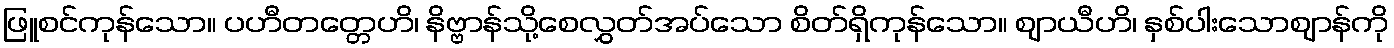
ဖြူစင်ကုန်သော။ ပဟီတတ္တေဟိ၊ နိဗ္ဗာန်သို့စေလွှတ်အပ်သော စိတ်ရှိကုန်သော။ ဈာယီဟိ၊ နှစ်ပါးသောဈာန်ကို